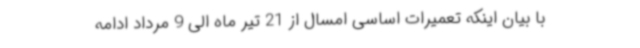
با بیان اینکه تعمیرات ‌اساسی امسال از 21 تیر ماه الی 9 مرداد ادامه